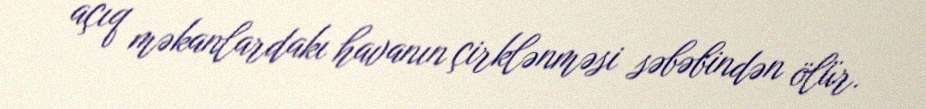
açıq məkanlardakı havanın çirklənməsi səbəbindən ölür.